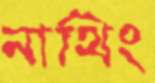
নাথিং